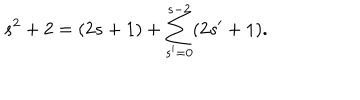
s ^ { 2 } + 2 = ( 2 s + 1 ) + \sum _ { s ^ { \prime } = 0 } ^ { s - 2 } ( 2 s ^ { \prime } + 1 ) .